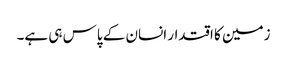
زمین کا اقتدار انسان کے پاس ہی ہے۔